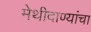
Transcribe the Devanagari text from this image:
मेथीदाण्यांचा